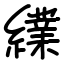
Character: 䌜